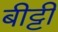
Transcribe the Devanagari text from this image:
बीट्टी